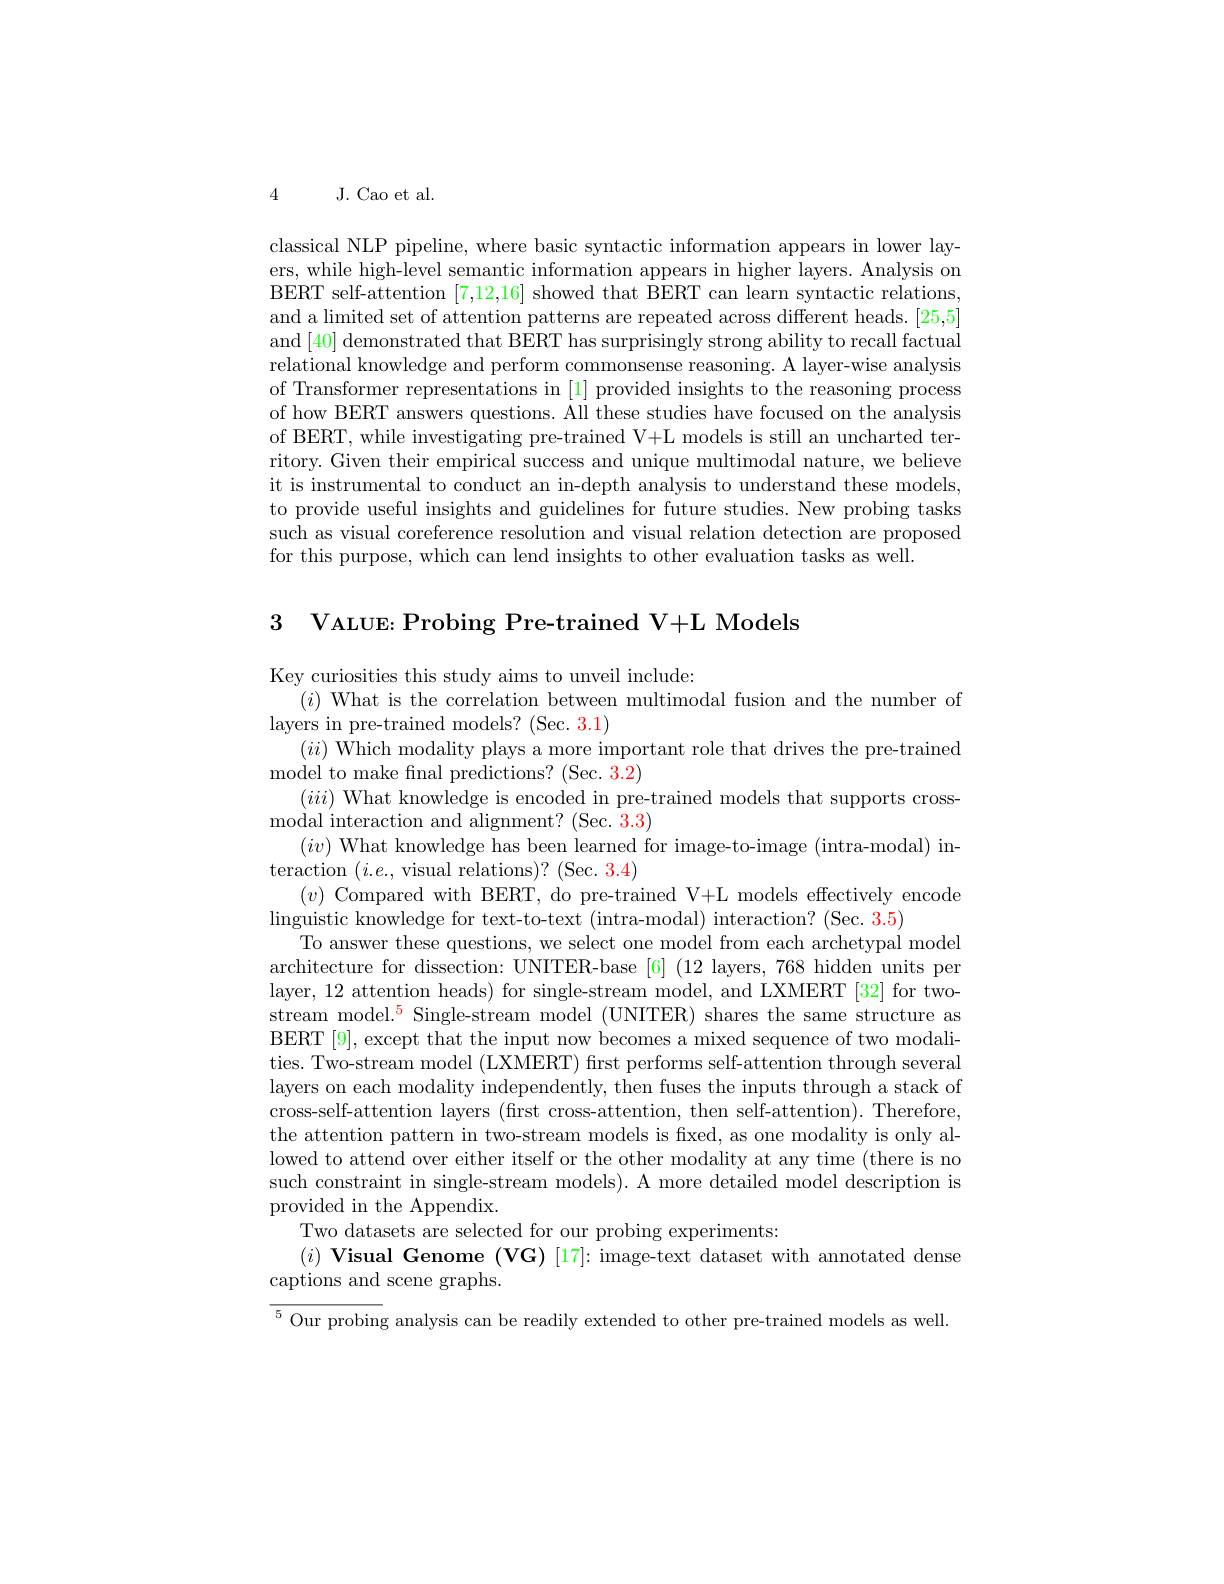
4 J. Cao et al.

classical NLP pipeline, where basic syntactic information appears in lower layers, while high-level semantic information appears in higher layers. Analysis on BERT self-attention [7,12,16] showed that BERT can learn syntactic relations, and a limited set of attention patterns are repeated across different heads. [25,5] and [40] demonstrated that BERT has surprisingly strong ability to recall factual relational knowledge and perform commonsense reasoning. A layer-wise analysis of Transformer representations in [1] provided insights to the reasoning process of how BERT answers questions. All these studies have focused on the analysis of BERT, while investigating pre-trained V+L models is still an uncharted territory. Given their empirical success and unique multimodal nature, we believe it is instrumental to conduct an in-depth analysis to understand these models, to provide useful insights and guidelines for future studies. New probing tasks such as visual coreference resolution and visual relation detection are proposed for this purpose, which can lend insights to other evaluation tasks as well.

3 VALUE: Probing Pre-trained V+L Models

Key curiosities this study aims to unveil include:
$(i)$ What is the correlation between multimodal fusion and the number of
layers in pre-trained models? (Sec. 3.1)
$(ii)$ Which modality plays a more important role that drives the pre-trained
model to make fnal predictions? (Sec. 3.2)
$(iii)$ What knowledge is encoded in pre-trained models that supports cross-
modal interaction and alignment? ( Sec. 3. 3)
$(iv)$ What knowledge has been learned for image-to-image (intra-modal) in-
$\operatorname{teraction}(i.e.$,visual relations)? ( Sec. 3. 4)
$(v)$ Compared with BERT, do pre-trained V+L models effectively encode
$\operatorname*{linguistic}$ knowledge for text-to-text (intra-modal) interaction? (Sec. 3.5)
To answer these questions, we select one model from each archetypal model architecture for dissection: UNITER-base [6] (12 layers, 768 hidden units per layer, 12 attention heads) for single-stream model, and LXMERT [32] for twostream model.$^{\color{red}{5}}$ Single-stream model (UNITER) shares the same structure as BERT [9], except that the input now becomes a mixed sequence of two modalities. Two-stream model (LXMERT) first performs self-attention through several layers on each modality independently, then fuses the inputs through a stack of cross-self-attention layers (first cross-attention, then self-attention). Therefore, the attention pattern in two-stream models is fxed, as one modality is only allowed to attend over either itself or the other modality at any time (there is no such constraint in single-stream models). A more detailed model description is provided in the Appendix.
Two datasets are selected for our probing experiments:
$( i) \textbf{ Visual Genome }( \mathbf{VG})$ [17]: image-text dataset with annotated dense
captions and scene graphs.
$\overline{{^5\text{Our probing}}}$ analysis can be readily extended to other pre-trained models as well.